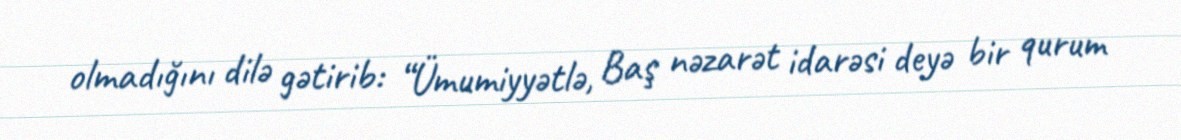
olmadığını dilə gətirib: “Ümumiyyətlə, Baş nəzarət idarəsi deyə bir qurum